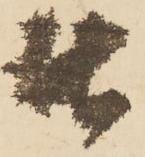
由